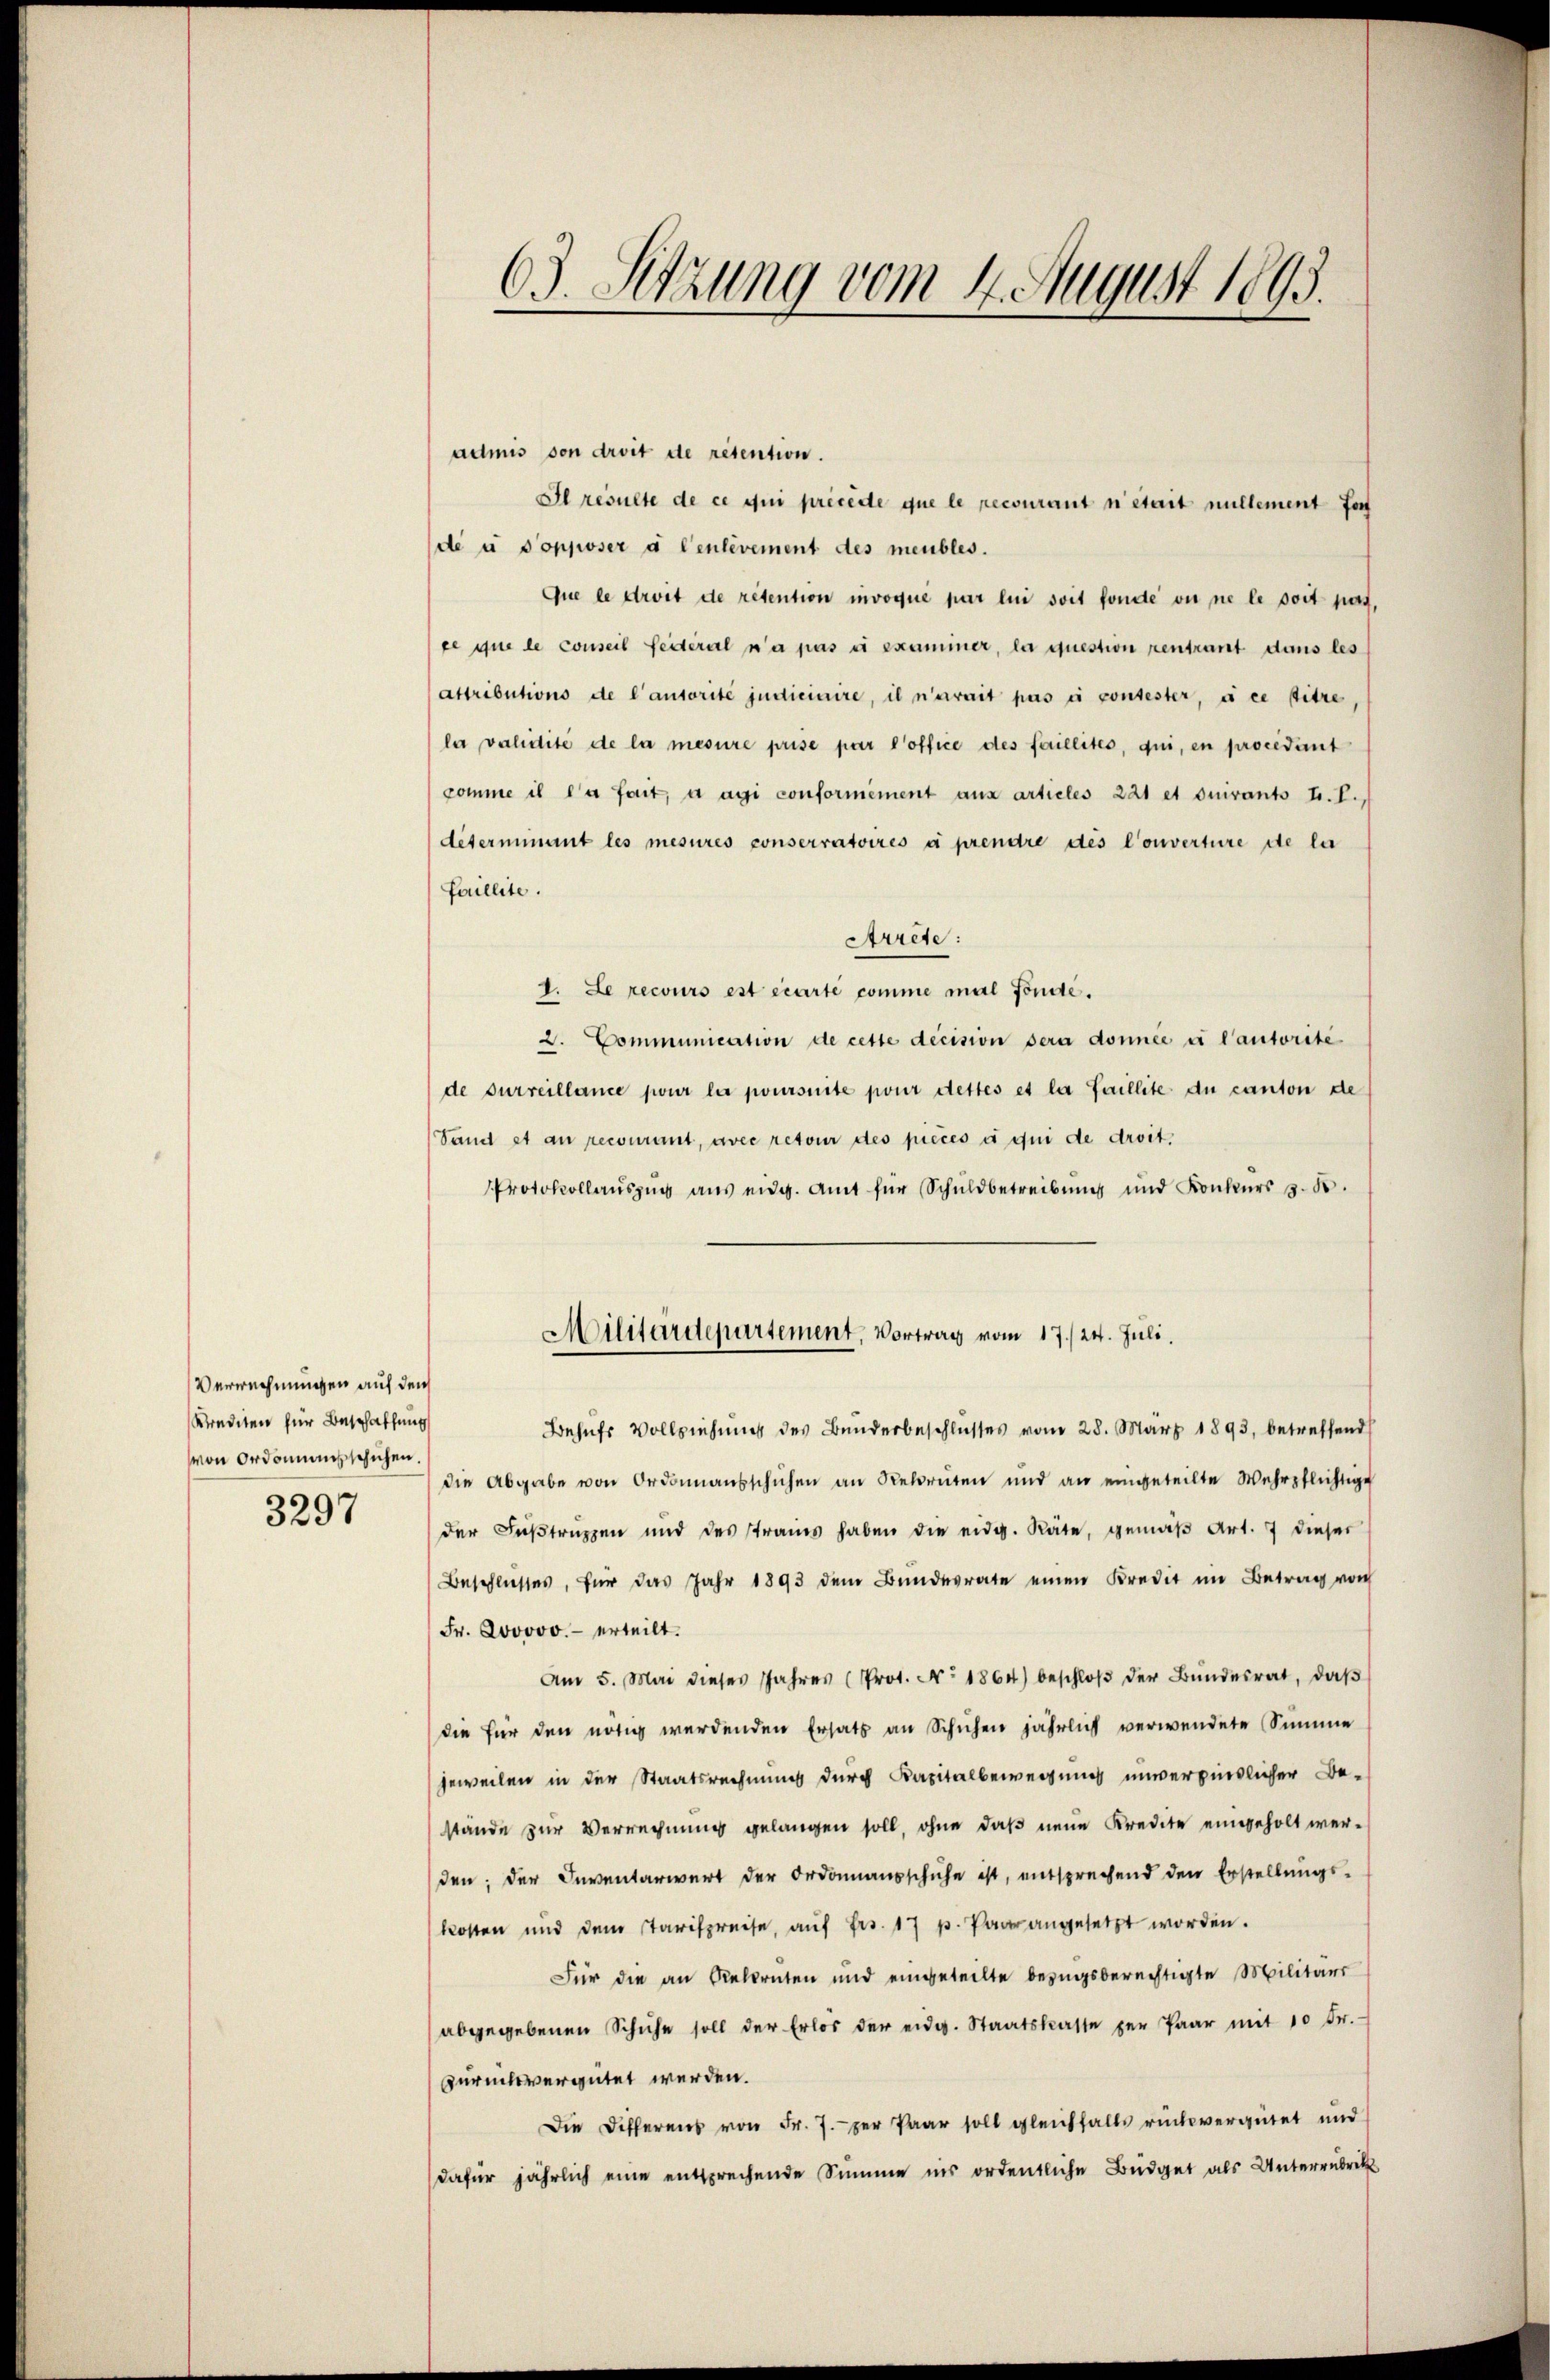
Verrechnungen auf den
Krediten für Beschaffung
von Ordonnensschichen.
3297

admis von droit de retention.
Il resulte de ce qui précéde que le recourant n’était nullement for
de à Popposer à Cenlèvement des meubles.
Que le droit de retention invoque par lui soit fonde ou ne le soit pas,
ce que le conseil Seiteral n’a pas et examiner, la question zentrant dans les
attributions de l’autorité judicinire, il n’arait pas en contester, die sitze
la validité de la mesure prise par l’office des faillités, qui, en procedant
comme il l’a fait, a agi conformément aus articles 221 et quivants h. T.,
déterminant les mesures conserratoires à prendre des Converture de la
Faillite.
Arrete:
1. Le recours est écarte comme mal fonde.
2. Communication de cette decision sera donnée à l’autorité
de surveillance pour la poursuite pour dettes et la faillite du canton de
Sand et an recourant, avec retour des pieces et qui de droit.
Protokollaŭszŭg aŭs eidg. Amt für Schuldbetreibŭng und Konkurs z. B.
Militärdepartement, Vortrag vom 17./24. Juli.
Behufs Vollziehung des Bunderbeschlusses vom 28. März 1893, betreffend
die Abgabe von Ordonnaŭsschuhen an Rekruten und an eingeteilte Wehrpflichtige
der Füβtruppen und des strames haben die eidg. Räte, gemäβ Art. 7 dieser
Beschlusses, für das Jahr 1893 dem Bundesrate einen Kredit im Betrag von
Fr. Jovovo. - erteilt.
Am 5. Mai dieses Jahres (Prot. No 1864) beschloβ der Bŭndesrat, daβ
die für den nötig werdenden Ersatz an Schuhen jährlich verwendete Summe
jeweilen in der Staatsrechnung durch Kapitalbewegung unverpindlicher Be-
stände zur Verrechnung gelangen soll, ohne daß neue Kredite eingeholt werden; der Inventarwert der Ordonansschuhe ist, entsprechend den Erstellŭngs-
kosten und dem Tarifpreise, auf Frs. 17 p. Paar angesetzt worden.
Für die an Rekruten und eingeteilte bezugsberechtigte Militärs
abgegebenen Schuhe soll der Erlös der eidg. Staatskasse per Paar mit 10 Fr.
zurukvergütet werden.
Die Differens von Fr. 7. per Paar soll gleichfalls rückvergütet und
dafür jährlich eine entsprechende Summe ins ordentliche Büdget als Unterrubrik

63. Setzung vom 4. August 1893.